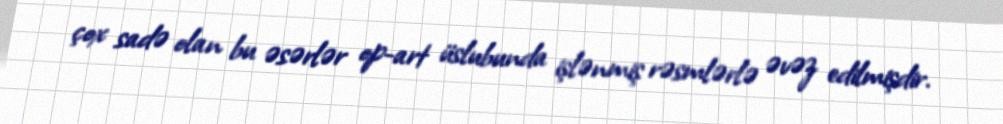
çox sadə olan bu əsərlər op-art üslubunda işlənmiş rəsmlərlə əvəz edilmişdir.